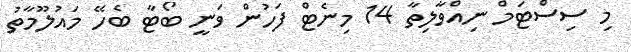
މި ސިސްޓަމް ނިއްވާލިތާ 14 މިނެޓް ފަހުން ވަނީ ބޯޓާ ބެހޭ މައުލޫމާތު